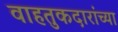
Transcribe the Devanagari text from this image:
वाहतुकदारांच्या